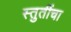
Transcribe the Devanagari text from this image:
स्तुतींचा